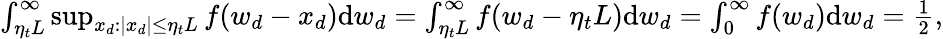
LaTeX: \begin{array}{r}{\int_{\eta_{t}L}^{\infty}\operatorname*{sup}_{x_{d}:|x_{d}|\leq\eta_{t}L}f(w_{d}-x_{d})\mathrm{d}w_{d}=\int_{\eta_{t}L}^{\infty}f(w_{d}-\eta_{t}L)\mathrm{d}w_{d}=\int_{0}^{\infty}f(w_{d})\mathrm{d}w_{d}=\frac{1}{2},}\end{array}